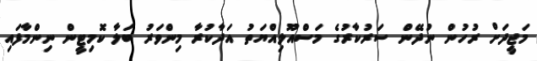
މަޖީދަށް ރުހުން ނުދޭން ސަރުކާރުގެ މަސްއޫލިއްޔަތު އަދާކުރާ މިންވަރު ބަލާ ކޮމިޓީން ނިންމާފައި